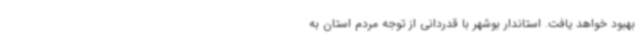
بهبود خواهد یافت. استاندار بوشهر با قدردانی از توجه مردم استان به